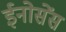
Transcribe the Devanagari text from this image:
ईनोसेंस